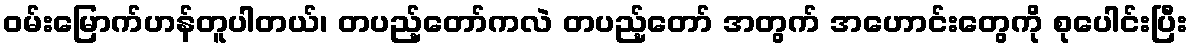
ဝမ်းမြောက်ဟန်တူပါတယ်၊ တပည့်တော်ကလဲ တပည့်တော် အတွက် အဟောင်းတွေကို စုပေါင်းပြီး